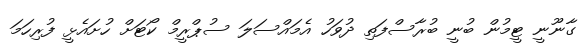
ގާނޫނީ ޓީމުން ބުނީ ބުރާސްފަތި ދުވަހު އެމައްސަލަ ސުޕްރީމް ކޯޓަށް ހުށައެޅީ ފުރިހަމަ